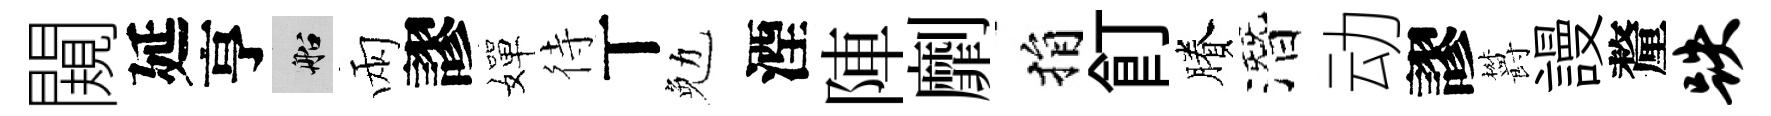
闚延亨船兩謬嬋待丅勉湮陣劘捐飣賸潛动謬欝謾釐跌